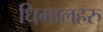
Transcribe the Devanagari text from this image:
धिमालहरु